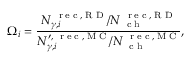
{ \Omega } _ { i } = \frac { { N _ { \gamma , i } ^ { \mathrm { ~ \tiny ~ r ~ e ~ c ~ , ~ R ~ D ~ } } } / { N _ { \mathrm { ~ \tiny ~ c ~ h ~ } } ^ { \mathrm { ~ \tiny ~ r ~ e ~ c ~ , ~ R ~ D ~ } } } } { { N _ { \gamma , i } ^ { \prime , \mathrm { ~ \tiny ~ r ~ e ~ c ~ , ~ M ~ C ~ } } } / { N _ { \mathrm { ~ \tiny ~ c ~ h ~ } } ^ { \mathrm { ~ \tiny ~ r ~ e ~ c ~ , ~ M ~ C ~ } } } } ,